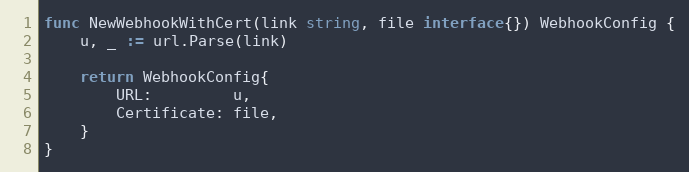
Language: Go
func NewWebhookWithCert(link string, file interface{}) WebhookConfig {
	u, _ := url.Parse(link)

	return WebhookConfig{
		URL:         u,
		Certificate: file,
	}
}